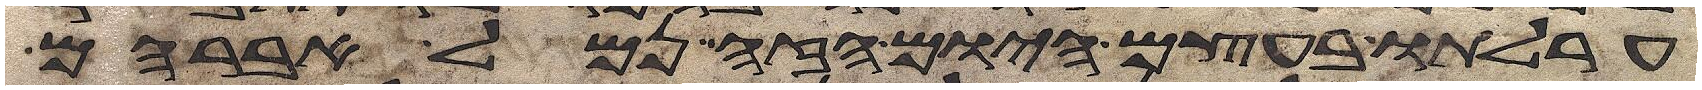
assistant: ערלתו בעצם היום הזה נמל אברהם